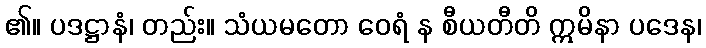
၏။ ပဒဋ္ဌာနံ၊ တည်း။ သံယမတော ဝေရံ န စီယတီတိ ဣမိနာ ပဒေန၊